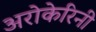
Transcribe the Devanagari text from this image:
अरोकेरिनी